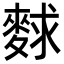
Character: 𪌵